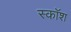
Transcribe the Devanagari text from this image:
स्कॉश